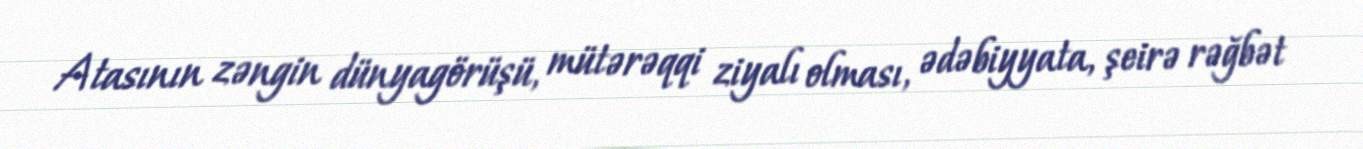
Atasının zəngin dünyagörüşü, mütərəqqi ziyalı olması, ədəbiyyata, şeirə rəğbət